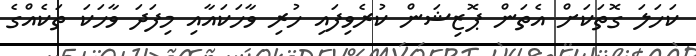
ކަހަލަ ގޮތަކަށް އެތަން ޕޮޒިޝަން ކުރެވިފައި ހުރި ވާހަކައާއި މިފަދަ ވާހަކަ ތަކެއްގެ